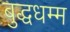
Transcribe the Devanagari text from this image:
बुद्धधम्म